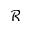
\mathcal { R }